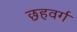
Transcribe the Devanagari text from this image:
छहवर्ग